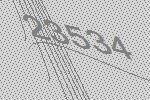
23534